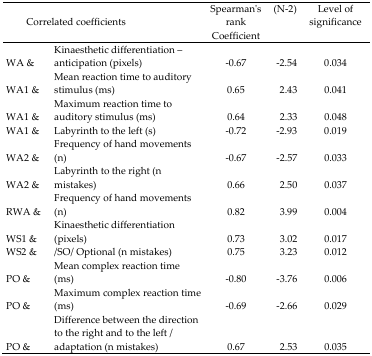
<table><thead><tr><td colspan="2"><b>Correlated coefficients</b></td><td><b>Spearman’s rank Coefficient</b></td><td><b>(N-2)</b></td><td><b>Level of significance</b></td></tr></thead><tbody><tr><td>WA &amp;</td><td>Kinaesthetic differentiation – anticipation (pixels)</td><td>−0.67</td><td>−2.54</td><td>0.034</td></tr><tr><td>WA1 &amp;</td><td>Mean reaction time to auditory stimulus (ms)</td><td>0.65</td><td>2.43</td><td>0.041</td></tr><tr><td>WA1 &amp;</td><td>Maximum reaction time to auditory stimulus (ms)</td><td>0.64</td><td>2.33</td><td>0.048</td></tr><tr><td>WA1 &amp;</td><td>Labyrinth to the left (s)</td><td>−0.72</td><td>−2.93</td><td>0.019</td></tr><tr><td>WA2 &amp;</td><td>Frequency of hand movements (n)</td><td>−0.67</td><td>−2.57</td><td>0.033</td></tr><tr><td>WA2 &amp;</td><td>Labyrinth to the right (n mistakes)</td><td>0.66</td><td>2.50</td><td>0.037</td></tr><tr><td>RWA &amp;</td><td>Frequency of hand movements (n)</td><td>0.82</td><td>3.99</td><td>0.004</td></tr><tr><td>WS1 &amp;</td><td>Kinaesthetic differentiation (pixels)</td><td>0.73</td><td>3.02</td><td>0.017</td></tr><tr><td>WS2 &amp;</td><td>/SO/ Optional (n mistakes)</td><td>0.75</td><td>3.23</td><td>0.012</td></tr><tr><td>PO &amp;</td><td>Mean complex reaction time (ms)</td><td>−0.80</td><td>−3.76</td><td>0.006</td></tr><tr><td>PO &amp;</td><td>Maximum complex reaction time (ms)</td><td>−0.69</td><td>−2.66</td><td>0.029</td></tr><tr><td>PO &amp;</td><td>Difference between the direction to the right and to the left / adaptation (n mistakes)</td><td>0.67</td><td>2.53</td><td>0.035</td></tr></tbody></table>